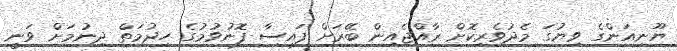
ޔޫނިއަންގެ ވިޔުގަ މެދުވެރިކޮށް ރާއްޖެއިން ބޭރަށް ފައިސާ ފޮނުވުމުގެ ހިދުމަތް ދިނުމަށް ވަނީ